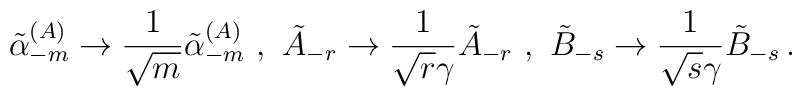
\tilde{\alpha}^{(A)}_{-m}\rightarrow\frac{1}{\sqrt{m}}\tilde{\alpha}^{(A)}_{-m}\,\,,\,\,\tilde{A}_{-r}\rightarrow\frac{1}{\sqrt{r}\gamma}\tilde{A}_{-r}\,\,,\,\,\tilde{B}_{-s}\rightarrow\frac{1}{\sqrt{s}\gamma}\tilde{B}_{-s}\, .